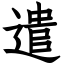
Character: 遣